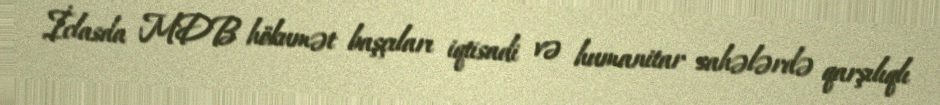
İclasda MDB hökumət başçıları iqtisadi və humanitar sahələrdə qarşılıqlı